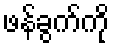
ဖန်ခွက်ကို